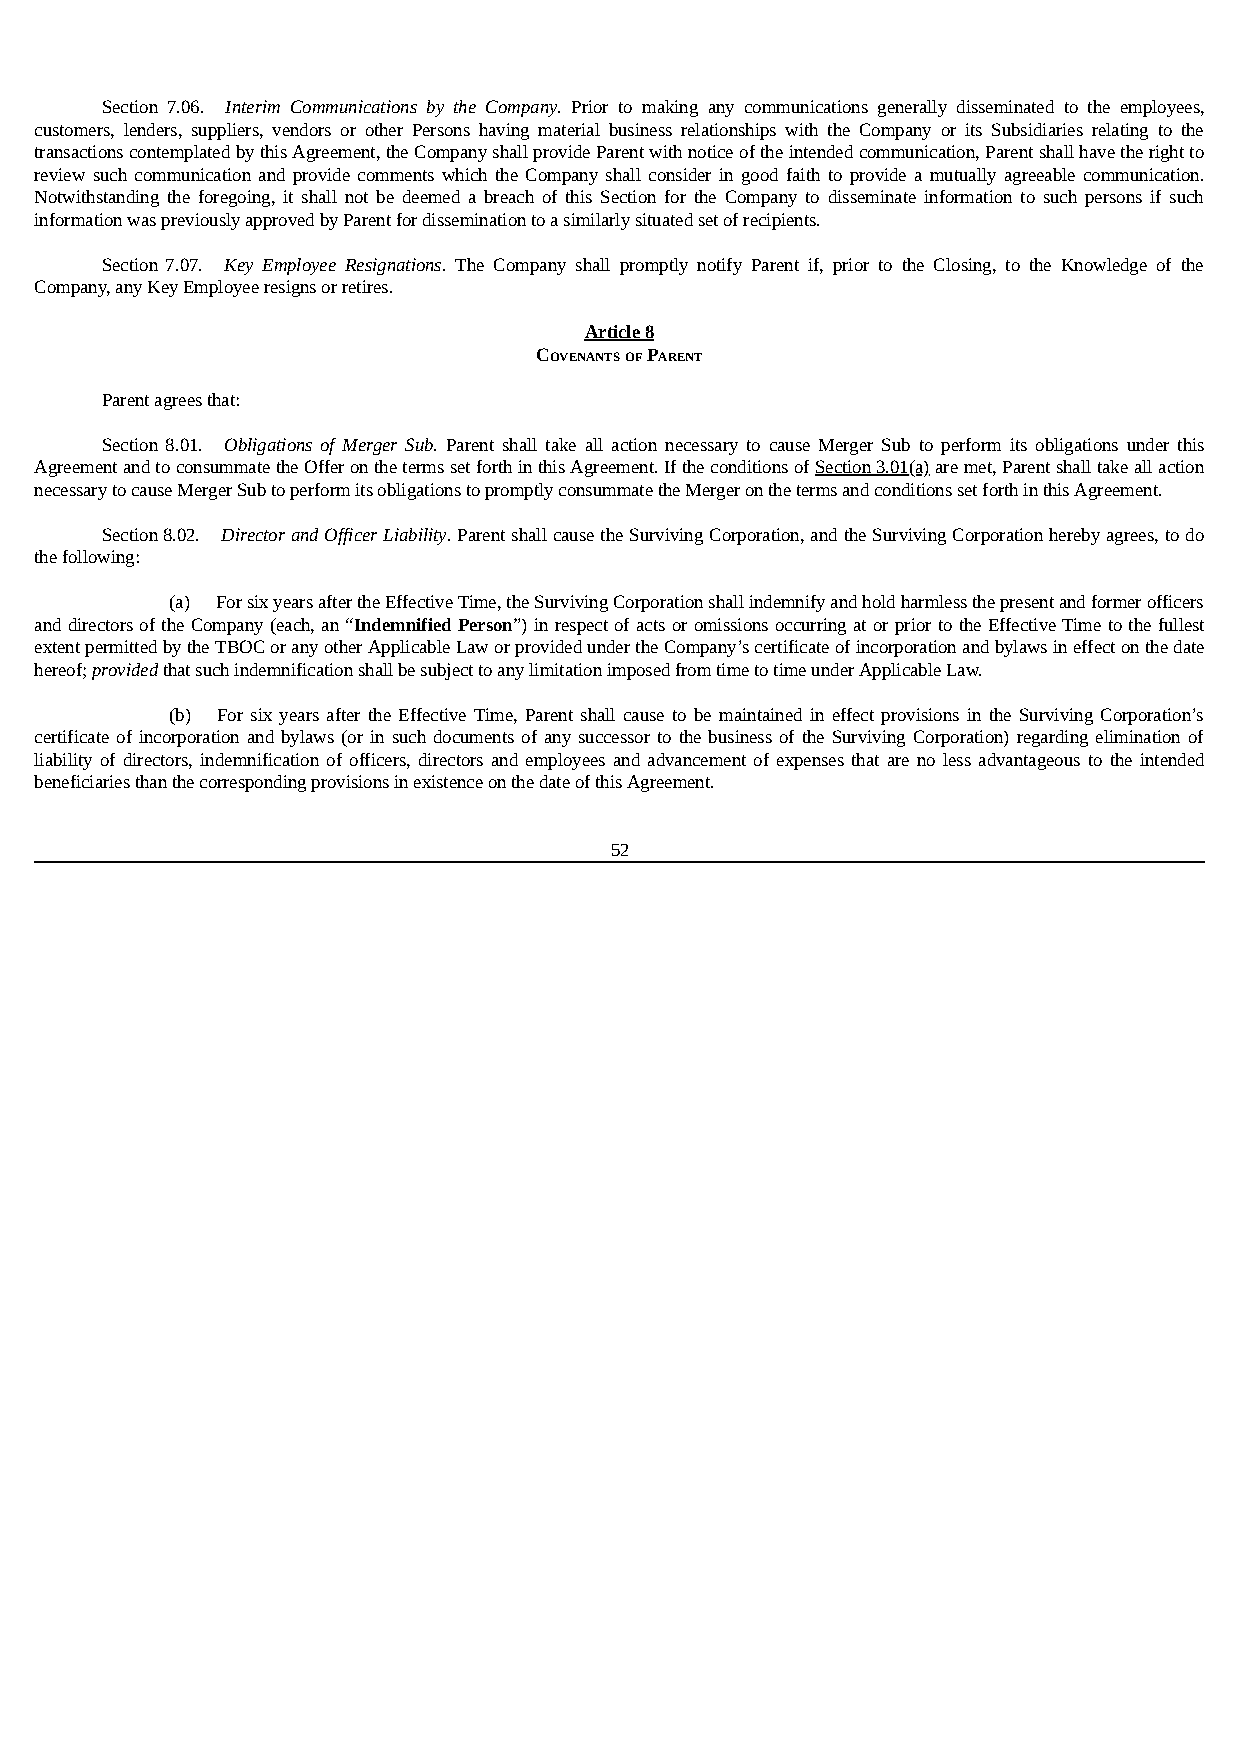
Section 7.06. Interim Communications by the Company. Prior to making any communications generally disseminated to the employees,
 customers, lenders, suppliers, vendors or other Persons having material business relationships with the Company or its Subsidiaries relating to the
 transactions contemplated by this Agreement, the Company shall provide Parent with notice of the intended communication, Parent shall have the right to
 review such communication and provide comments which the Company shall consider in good faith to provide a mutually agreeable communication.
 Notwithstanding the foregoing, it shall not be deemed a breach of this Section for the Company to disseminate information to such persons if such
 information was previously approved by Parent for dissemination to a similarly situated set of recipients.
 Section 7.07. Key Employee Resignations. The Company shall promptly notify Parent if, prior to the Closing, to the Knowledge of the
 Company, any Key Employee resigns or retires.
 Article 8
 COVENANTS OF PARENT
 Parent agrees that:
 Section 8.01. Obligations of Merger Sub. Parent shall take all action necessary to cause Merger Sub to perform its obligations under this
 Agreement and to consummate the Offer on the terms set forth in this Agreement. If the conditions of Section 3.01(a) are met, Parent shall take all action
 necessary to cause Merger Sub to perform its obligations to promptly consummate the Merger on the terms and conditions set forth in this Agreement.
 Section 8.02. Director and Officer Liability. Parent shall cause the Surviving Corporation, and the Surviving Corporation hereby agrees, to do
 the following:
 (a) For six years after the Effective Time, the Surviving Corporation shall indemnify and hold harmless the present and former officers
 and directors of the Company (each, an “Indemnified Person”) in respect of acts or omissions occurring at or prior to the Effective Time to the fullest
 extent permitted by the TBOC or any other Applicable Law or provided under the Company’s certificate of incorporation and bylaws in effect on the date
 hereof; provided that such indemnification shall be subject to any limitation imposed from time to time under Applicable Law.
 (b) For six years after the Effective Time, Parent shall cause to be maintained in effect provisions in the Surviving Corporation’s
 certificate of incorporation and bylaws (or in such documents of any successor to the business of the Surviving Corporation) regarding elimination of
 liability of directors, indemnification of officers, directors and employees and advancement of expenses that are no less advantageous to the intended
 beneficiaries than the corresponding provisions in existence on the date of this Agreement.
 52